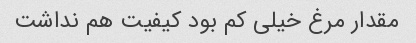
مقدار مرغ خیلی کم بود کیفیت هم نداشت